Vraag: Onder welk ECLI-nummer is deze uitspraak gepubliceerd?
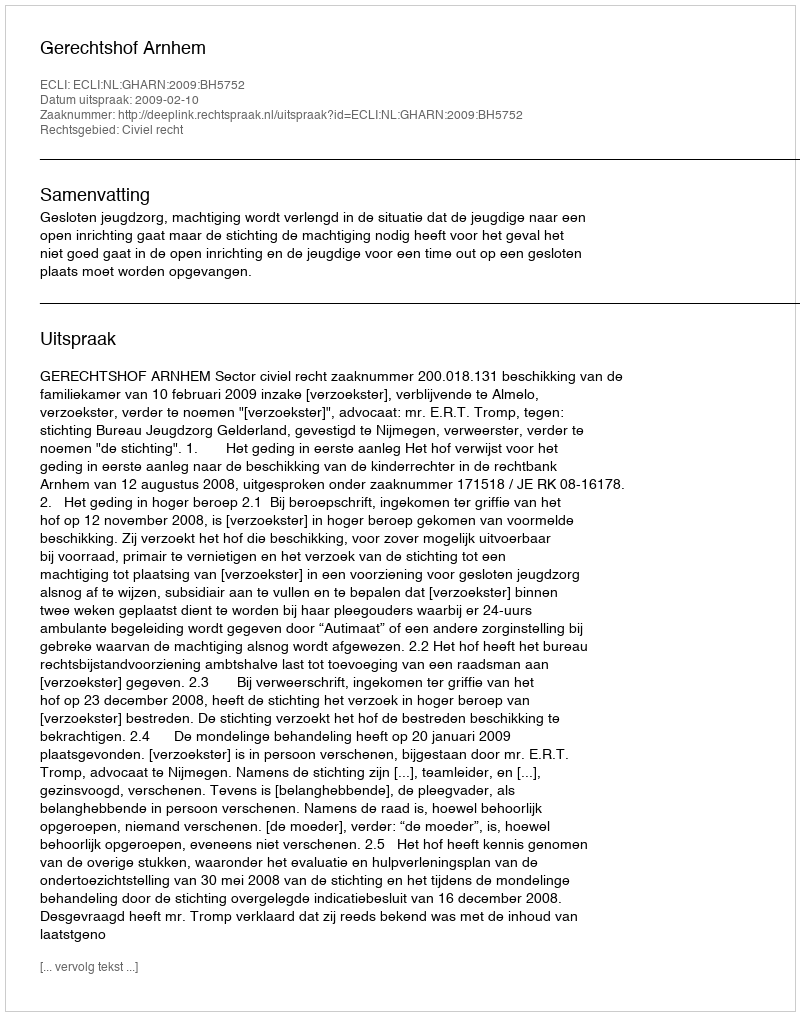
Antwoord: ECLI:NL:GHARN:2009:BH5752